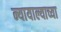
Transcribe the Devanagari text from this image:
न्यायाल्याच्या